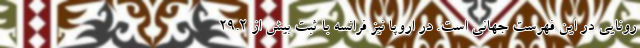
رونایی در این فهرست جهانی است. در اروپا نیز فرانسه با ثبت بیش از ۲۹.۲